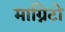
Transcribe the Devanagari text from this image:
माग्निटो